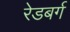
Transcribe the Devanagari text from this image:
रेडबर्ग